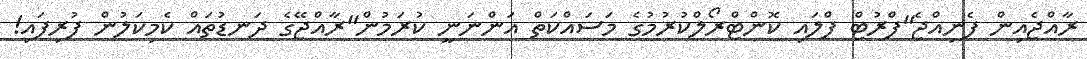
ރާއްޖެއިން ފެނިއްޖެ"ފްރުޓް ފްލައި ކޮންޓްރޯލްކުރުމުގެ މަސައްކަތް އަންނަނީ ކުރަމުން"ރާއްޖޭގެ ދަނޑުތައް ކެމިކަލުން ފުރިފައި!